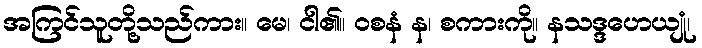
အကြင်သူတို့သည်ကား။ မေ၊ ငါ၏။ ဝစနံ န၊ စကားကို။ နသဒ္ဒဟေယျုံ၊